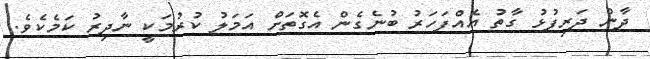
ދާން ދަރިފުޅު ގާތު އެއްފަހަރު ބުނެގެން އެގޮތަށް އަމަލު ކުރުމަކީ ނާދިރު ކަމެކެވެ.